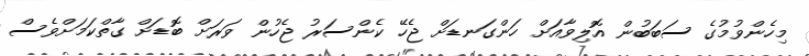
މިހެންވުމުގެ ސަބަބުން އޮލިވާއަށް ހަންގަނޑަށް ޖެހޭ ކެންސަރު ޖެހުން ވަރަށް ބޮޑަށް ގާތްކަމަށްވެސް